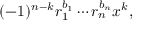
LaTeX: ( - 1 ) ^ { n - k } r _ { 1 } ^ { b _ { 1 } } \cdots r _ { n } ^ { b _ { n } } x ^ { k } ,